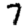
Digit: 7